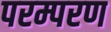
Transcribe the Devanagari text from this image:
परम्परण